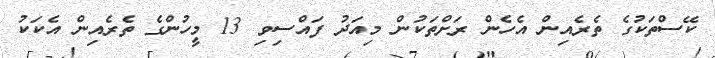
ކޭސްތަކުގެ ތެރެއިން އެހެން ރަށްތަކުން މިއަދު ފައްސިވި 13 މީހުންގެ ތެރެއިން އެކަކު